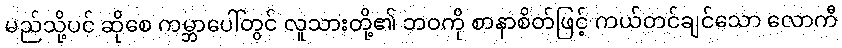
မည်သို့ပင် ဆိုစေ ကမ္ဘာပေါ်တွင် လူသားတို့၏ ဘဝကို စာနာစိတ်ဖြင့် ကယ်တင်ချင်သော လောကီ